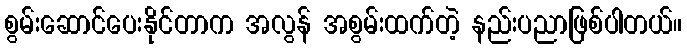
စွမ်းဆောင်ပေးနိုင်တာက အလွန် အစွမ်းထက်တဲ့ နည်းပညာဖြစ်ပါတယ်။